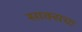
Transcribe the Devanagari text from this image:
साक्सचा